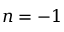
n = - 1